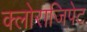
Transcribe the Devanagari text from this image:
क्लोराजिपेट